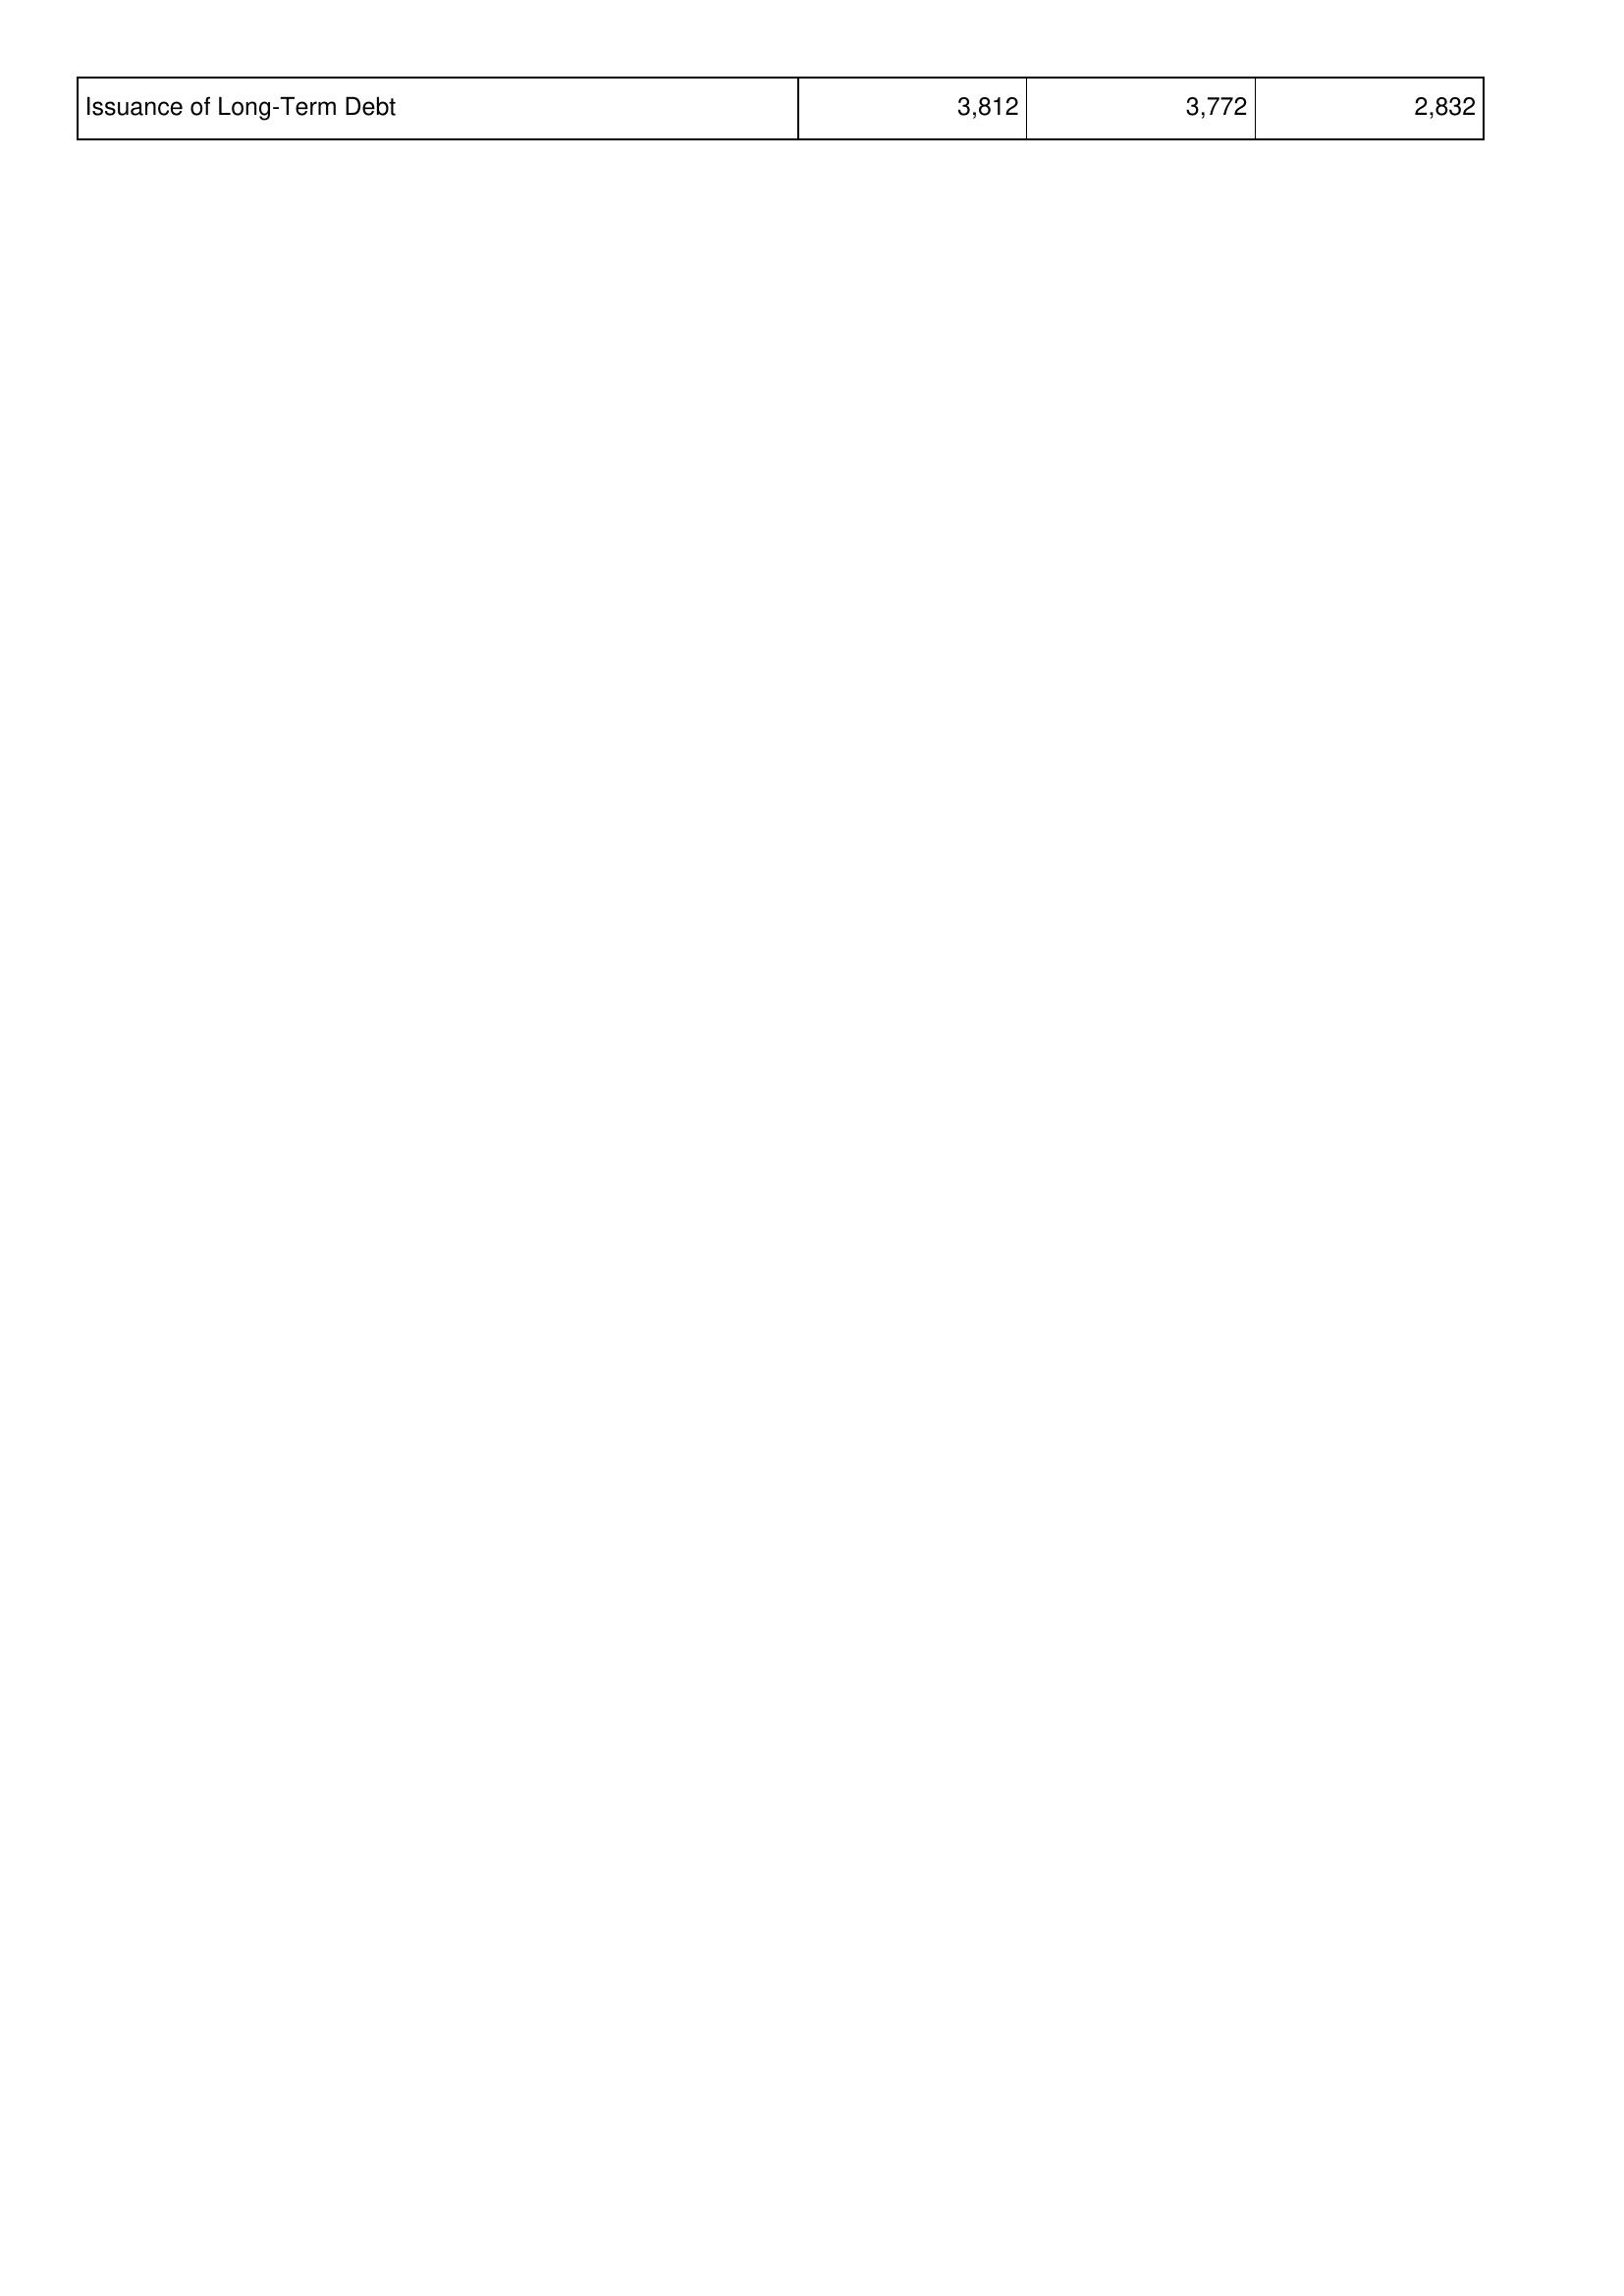
2007: Financing Activities: Issuance of Long-Term Debt: 3,812
2006: Financing Activities: Issuance of Long-Term Debt: 3,772
2005: Financing Activities: Issuance of Long-Term Debt: 2,832